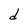
Character: d